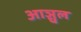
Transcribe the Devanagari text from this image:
आञ्चल